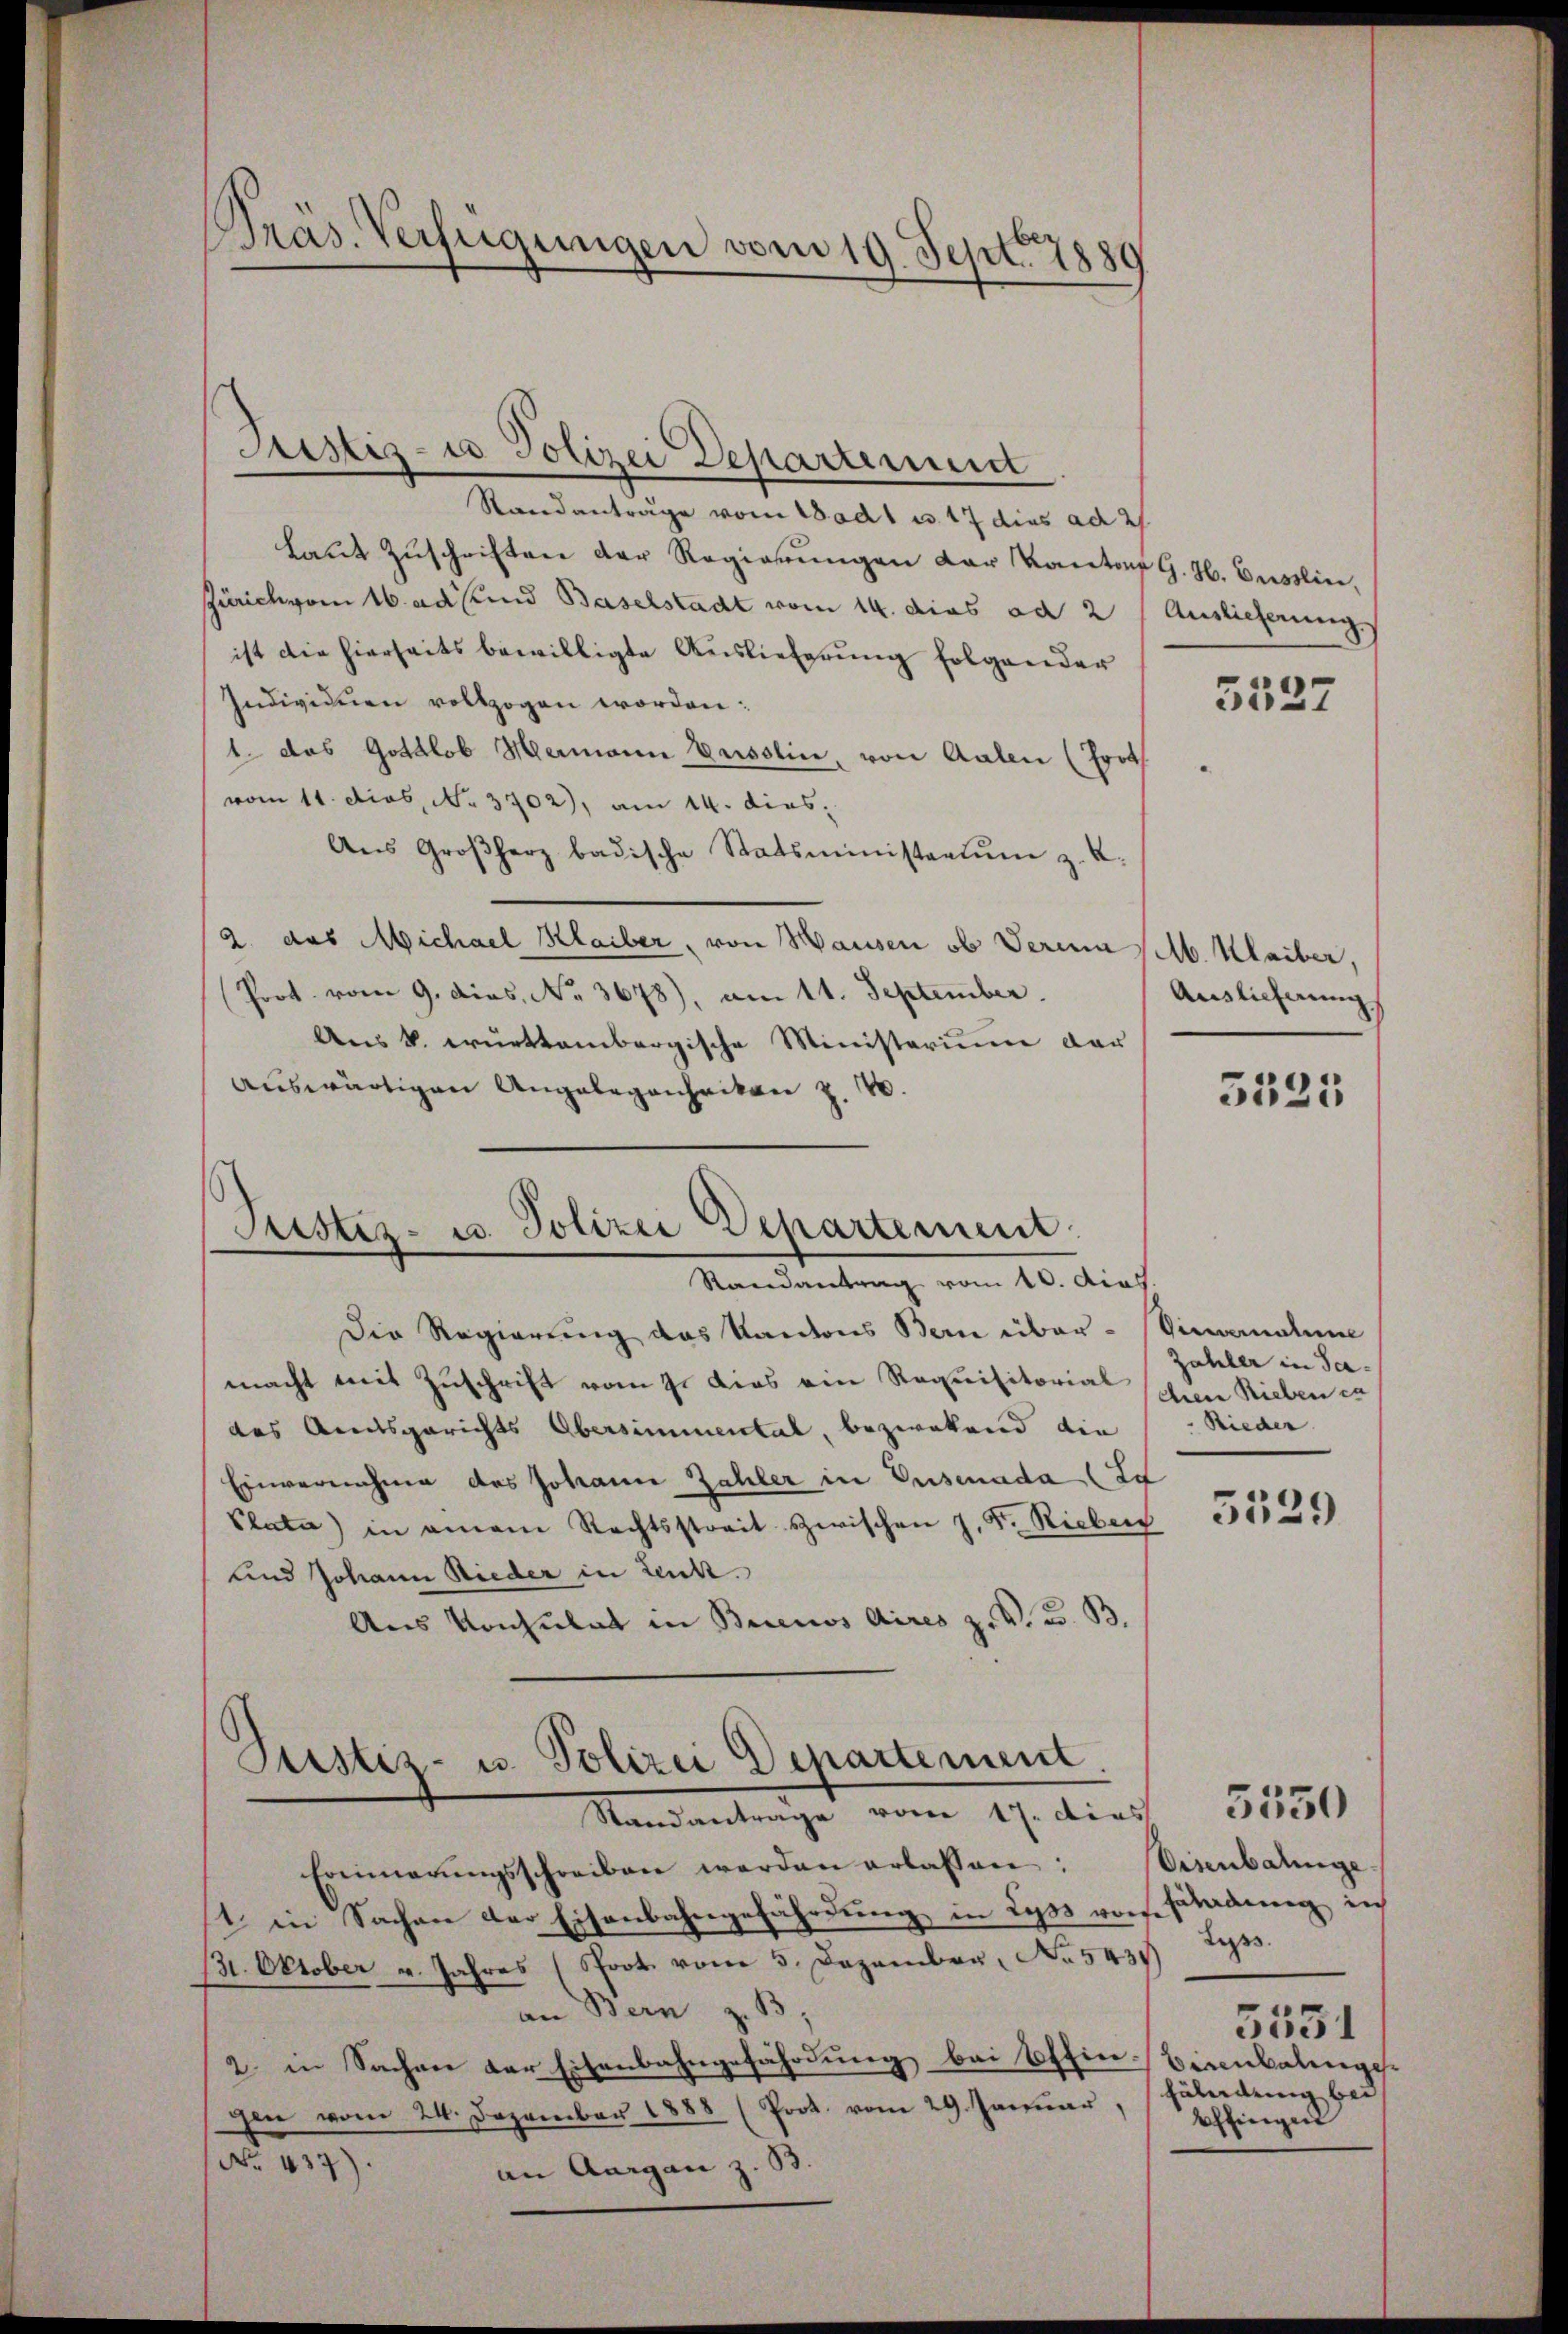
Standanträge vom Stadt u. 17 dies ad 2/
laŭt Zŭschriften der Regierungen der Kanton G. H. Gusslini,
Zürich vom 16. ad und Baselstadt vom 14. dies ad 2
ist die hierheits bewilligte Auslieferung folgender
Individuen vollzogen worden:
1. das Gottlob Hermann Dusslin, von Aalen (Prot
vom 11. dies, No. 3702), am 14. dies
Aŭs Großherz badische Statsministratŭm z. B.
2. das Michael Klaiber, von Hausen ob Veria Ab. Klaiber,
Prot. vom 9. dies. No. 3678), am 11. September.
Aus k. württembergische Ministerium dar
auswärtigen Angelegenheiten z. B.

Präs. Verfügungen vom 19. Sept. 1889

Justiz- u Polizei Departemnit

Justiz- u. Polizei Departement.
Randantrag vom 10. dies

Auslieferung

Die Regierung das Kantons Bern über- Vincernahme
macht mit Zuschrift vom 9. dies ein Requisitorial
des Amtsgerichts Obersimmental, bezwekend die Rieder
Einvernahme des Johann Zahler in Eisenada (Ed
Plata in einem Rechtsstreit zwischen J. F. Rieben
und Johann Nieder in Lenkt.
Aus Konsulat in Buenos Aires z. V. B. B.
Justiz- u. Polizei Departement.
Standantrage vom 17. dies 5550
Erinnerŭngsschreiben werden erlassen:
1. in Sachen der Eisenbahngefährdung in dass worde
31. Oktober u. Jahres (Soot vom 3. Dezember No 5431)
an Bern z. B
2. in Sachen der Eisenbahngefährdung bei Ettin Bisenbalinge
Prot. vom 29. Januar,
en vom 24. Dezember 1888
B.
No. 437)
an Aargau

5527

Auslieferung

5535

Zahler in Sachen Rieben ca

3529

Eisenbalinge
fährdung ins
Lepss.
5551
hälndung bei
Effingers